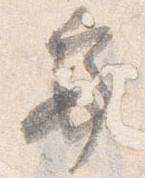
亭